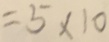
= 5 \times 1 0